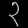
Digit: ၃